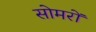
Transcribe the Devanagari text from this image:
सोमरों